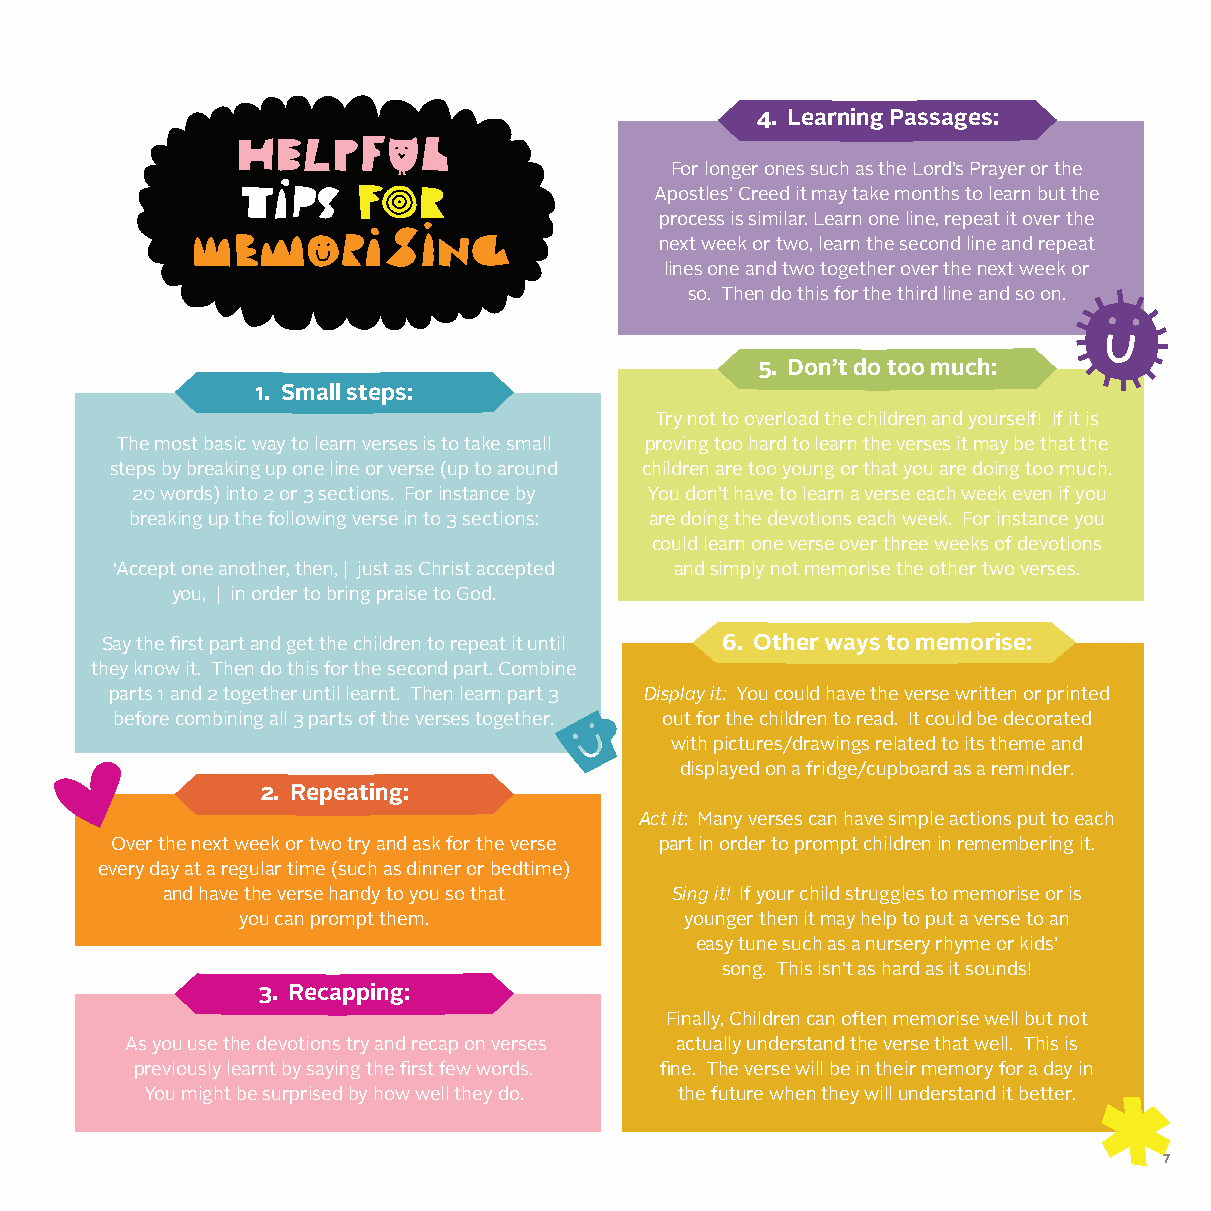
4. Learning Passages:
 For longer ones such as the Lord’s Prayer or the
 Apostles’ Creed it may take months to learn but the
 process is similar. Learn one line, repeat it over the
 next week or two, learn the second line and repeat
 lines one and two together over the next week or
 so. Then do this for the third line and so on.
 5. Don’t do too much:
 1. Small steps:
 Try not to overload the children and yourself! If it is
 The most basic way to learn verses is to take small proving too hard to learn the verses it may be that the
 steps by breaking up one line or verse (up to around children are too young or that you are doing too much.
 20 words) into 2 or 3 sections. For instance by You don’t have to learn a verse each week even if you
 breaking up the following verse in to 3 sections: are doing the devotions each week. For instance you
 could learn one verse over three weeks of devotions
 ‘Accept one another, then, | just as Christ accepted and simply not memorise the other two verses.
 you, | in order to bring praise to God.
 Say the first part and get the children to repeat it until 6. Other ways to memorise:
 they know it. Then do this for the second part. Combine
 parts 1 and 2 together until learnt. Then learn part 3 Display it: You could have the verse written or printed
 before combining all 3 parts of the verses together. out for the children to read. It could be decorated
 with pictures/drawings related to its theme and
 displayed on a fridge/cupboard as a reminder.
 2. Repeating:
 Act it: Many verses can have simple actions put to each
 Over the next week or two try and ask for the verse part in order to prompt children in remembering it.
 every day at a regular time (such as dinner or bedtime)
 and have the verse handy to you so that Sing it! If your child struggles to memorise or is
 you can prompt them.         younger then it may help to put a verse to an
 easy tune such as a nursery rhyme or kids’
 song. This isn’t as hard as it sounds!
 3. Recapping:
 Finally, Children can often memorise well but not
 As you use the devotions try and recap on verses actually understand the verse that well. This is
 previously learnt by saying the first few words. fine. The verse will be in their memory for a day in
 You might be surprised by how well they do. the future when they will understand it better.
 7